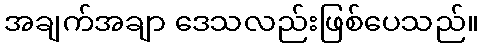
အချက်အချာ ဒေသလည်းဖြစ်ပေသည်။